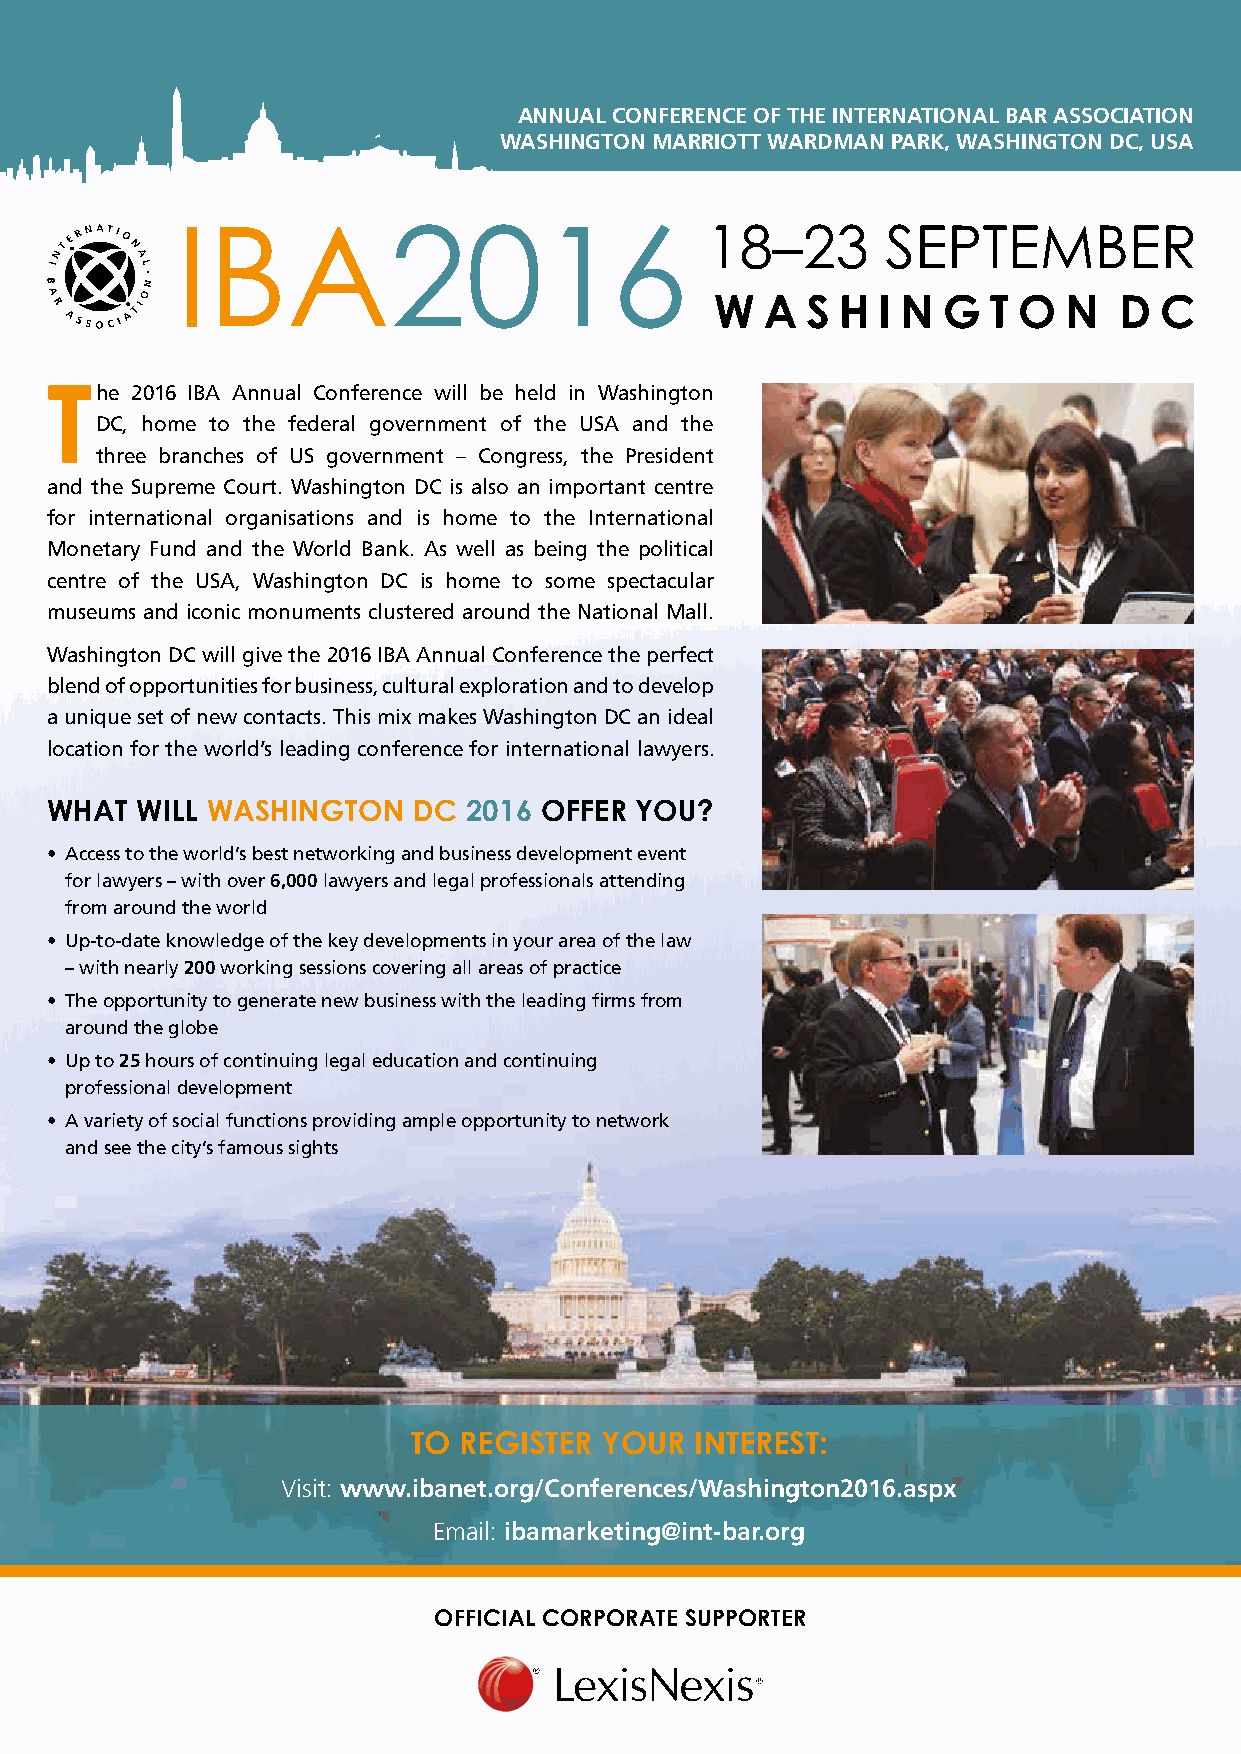
ANNUAL CONFERENCE OF THE INTERNATIONAL BAR ASSOCIATION
 WASHINGTON MARRIOTT WARDMAN PARK, WASHINGTON DC, USA
 The   2016 IBA Annual Conference will be held in Washington
 DC, home to the federal government of the USA and the
 three branches of US government – Congress, the President
 and the Supreme Court. Washington DC is also an important centre
 for international organisations and is home to the International
 Monetary Fund and the World Bank. As well as being the political
 centre of the USA, Washington DC is home to some spectacular
 museums and iconic monuments clustered around the National Mall.
 Washington DC will give the 2016 IBA Annual Conference the perfect
 blend of opportunities for business, cultural exploration and to develop
 a unique set of new contacts. This mix makes Washington DC an ideal
 location for the world’s leading conference for international lawyers.
 WHAT  WILL WASHINGTON   DC  2016 OFFER YOU?
 • Access to the world’s best networking and business development event
 for lawyers – with over 6,000 lawyers and legal professionals attending
 from around the world
 • Up-to-date knowledge of the key developments in your area of the law
 – with nearly 200 working sessions covering all areas of practice
 • The opportunity to generate new business with the leading fi rms from
 around the globe
 • Up to 25 hours of continuing legal education and continuing
 professional development
 • A variety of social functions providing ample opportunity to network
 and see the city’s famous sights
 TO REGISTER  YOUR  INTEREST:
 Visit: www.ibanet.org/Conferences/Washington2016.aspx
 Email: ibamarketing@int-bar.org
 OFFICIAL CORPORATE SUPPORTER